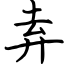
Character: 弆